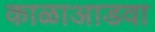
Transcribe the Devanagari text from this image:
काळाआडवा